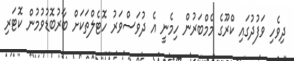
ދިވެހި ވަފުދުގައި ކްރޫގެ މެމްބަރުން ހިމެނީ އެ ދުވަސްވަރު ހޮޓެލްތަކަށް ބާރުބޮޑުވުމުން ކޮޓަރި